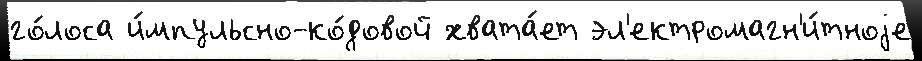
го́лоса и́мпульсно-ко́довой хвата́ет эл'ектромагн'и́тноjе